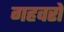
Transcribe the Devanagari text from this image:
गहवरों